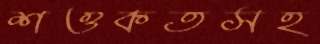
শওকতসহ